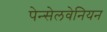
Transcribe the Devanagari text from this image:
पेन्सेलवेनियन